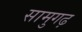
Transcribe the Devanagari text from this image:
सामुगढ़